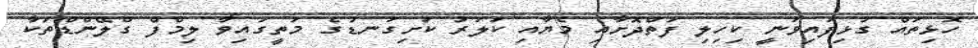
ހޮޅިތައް ގުޅިފައިވަނީ ކިހިލި ފަތްދޮށާއި މެޔާއި ކަލަރު ކަށިގަނޑުގެ މަތީގައިވާ ލިމްފް ގްލޭންޑްތަކާ